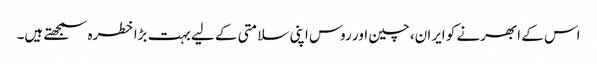
اس کے ابھرنے کو ایران، چین اور روس اپنی سلامتی کے لیے بہت بڑا خطرہ سمجھتے ہیں۔